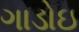
ગાડોઇ